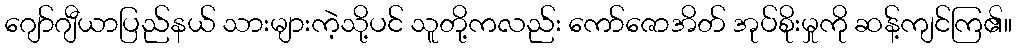
ဂျော်ဂျီယာပြည်နယ် သားများကဲ့သို့ပင် သူတို့ကလည်း ကော်ဇောအိတ် အုပ်စိုးမှုကို ဆန့်ကျင်ကြ၏။